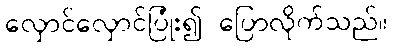
လှောင်လှောင်ပြုံး၍ ပြောလိုက်သည်။